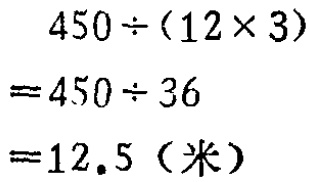
\[

\begin{align*}

&450\div(12\times3)\\

=&450\div36\\

=&12.5（米）

\end{align*}

\]